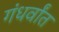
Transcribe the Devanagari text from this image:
गंधर्वांत